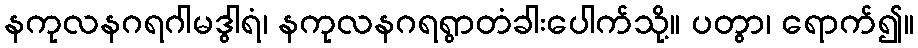
နကုလနဂရဂါမဒွါရံ၊ နကုလနဂရရွာတံခါးပေါက်သို့။ ပတွာ၊ ရောက်၍။